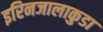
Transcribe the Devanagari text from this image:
इरिनजालाकुडा